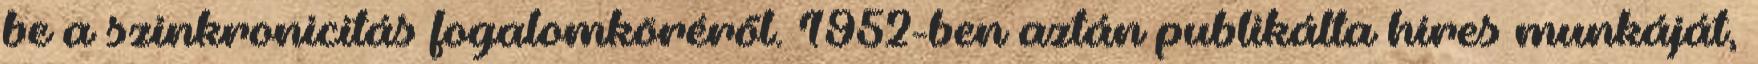
be a szinkronicitás fogalomköréről. 1952-ben aztán publikálta híres munkáját,